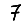
Digit: 7